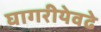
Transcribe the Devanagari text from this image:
घागरीयेवढे